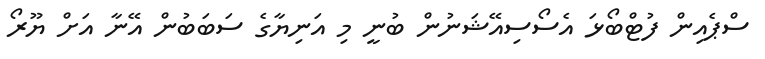
ސްޕެއިން ފުޓްބޯޅަ އެސޯސިއޭޝަނުން ބުނީ މި އަނިޔާގެ ސަބަބުން އޭނާ އަށް ޔޫރޯ